Civil Veterinary Department Bihar & Orissa reports 1929-36 - 1929-1936
Year: 1929
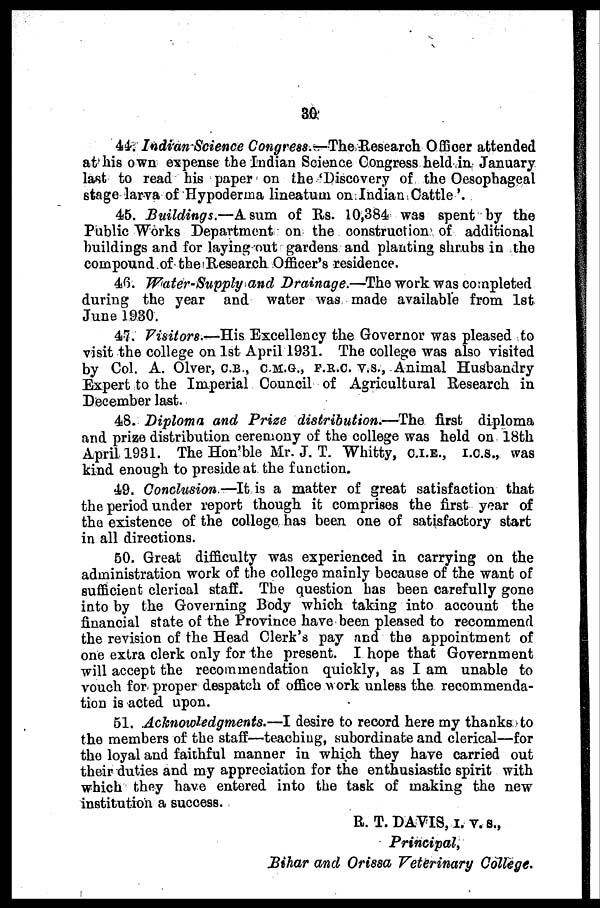
30
44. Indian Science Congress.—The Research Officer attended
at his own expense the Indian Science Congress held in January
last to read his paper on the 'Discovery of the Oesophageal
stage larva of Hypoderma lineatum on Indian Cattle'.
45. Buildings.—A sum of Rs. 10,384 was spent by the
Public Works Department on the construction of additional
buildings and for laying out gardens and planting shrubs in the
compound of the Research Officer's residence.
46. Water-Supply and Drainage.—The work was completed
during the year and water was made available from 1st
June 1930.
47. Visitors.—His Excellency the Governor was pleased to
visit the college on 1st April 1931. The college was also visited
by Col. A. Olver, C.B., C.M.G., F.R.C. V.S., Animal Husbandry
Expert to the Imperial Council of Agricultural Research in
December last.
48. Diploma and Prize distribution.—The first diploma
and prize distribution ceremony of the college was held on 18th
April 1931. The Hon'ble Mr. J. T. Whitty, C.I.E., I.C.S., was
kind enough to preside at the function.
49. Conclusion.—It is a matter of great satisfaction that
the period under report though it comprises the first year of
the existence of the college has been one of satisfactory start
in all directions.
50. Great difficulty was experienced in carrying on the
administration work of the college mainly because of the want of
sufficient clerical staff. The question has been carefully gone
into by the Governing Body which taking into account the
financial state of the Province have been pleased to recommend
the revision of the Head Clerk's pay and the appointment of
one extra clerk only for the present. I hope that Government
will accept the recommendation quickly, as I am unable to
vouch for proper despatch of office work unless the recommenda-
tion is acted upon.
51. Acknowledgments.—I desire to record here my thanks to
the members of the staff—teaching, subordinate and clerical—for
the loyal and faithful manner in which they have carried out
their duties and my appreciation for the enthusiastic spirit with
which they have entered into the task of making the new
institution a success.
R. T. DAVIS , I. V. S.,
Principal,
Bihar and Orissa Veterinary College.